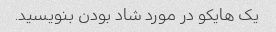
یک هایکو در مورد شاد بودن بنویسید.